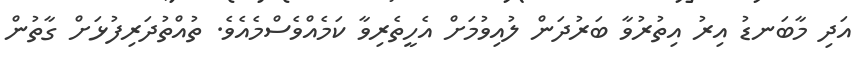
އަދި މާބަނޑު އިރު އިތުރުވާ ބަރުދަން ލުއިވުމަށް އެހީތެރިވާ ކަމެއްވެސްމެއެވެ. ތުއްތުދަރިފުޅަށް ގާތުން